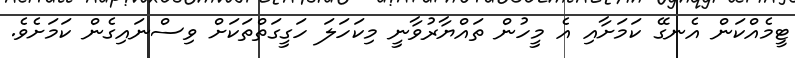
ޓީމެއްކަން އެނގޭ ކަމަށާއި އެ މީހުން ތައްޔާރުވާނީ މިކަހަލަ ހަގީގަތްތަކަށް ވިސްނައިގެން ކަމަށެވެ.